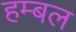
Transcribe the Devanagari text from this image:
हम्बल